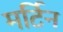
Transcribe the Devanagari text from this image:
मर्टिन